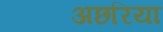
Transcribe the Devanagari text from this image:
अछरिया